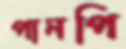
পানপি